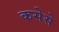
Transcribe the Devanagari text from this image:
कसेसे